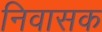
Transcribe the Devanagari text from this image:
निवासक